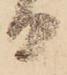
日